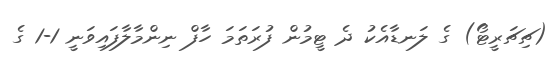
(ޗިޗަރީޓޯ) ގެ ލަނޑާއެކު ދެ ޓީމުން ފުރަތަމަ ހާފް ނިންމާލާފައިވަނީ 1-1 ގެ